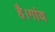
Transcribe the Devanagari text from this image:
है।गांव